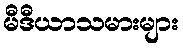
မီဒီယာသမားများ